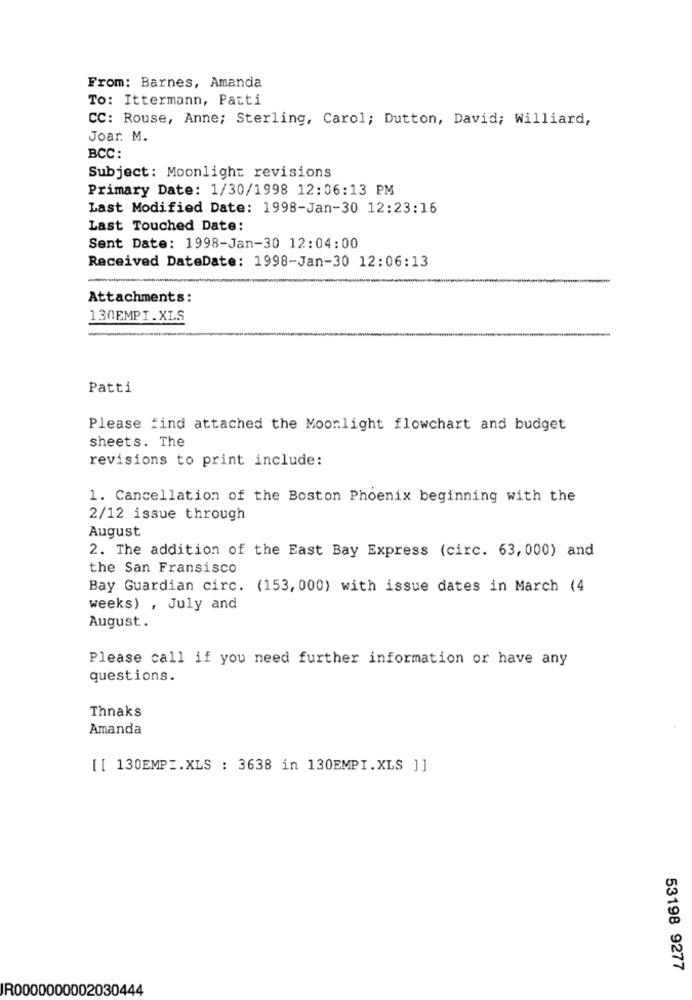
From: Barnes, Amanda
To: Ittermann, Patti
CC: Rouse, Anne; Sterling, Carol; Dutton, David; Williard,
Joar. M.
BCC:
Subject: Moonlight revisions
Primary Date: 1/30/1998 12:06:13 PM
Last Modified Date: 1998-Jan-30 12:23:16
Last Touched Date:
Sent Date: 1998-Jan-30 12:04:00
Received DateDate: 1998-Jan-30 12:06:13
Attachments:
130EMPI.XLS
Patti
Please find attached the Moonlight flowchart and budget
sheets. The
revisions to print include:
1. Cancellation of the Boston Phoenix beginning with the
2/12 issue through
August
2. The addition of the East Bay Express (circ. 63, 000) and
the San Fransisco
Bay Guardian circ. (153, 000) with issue dates in March (4
weeks) , July and
August .
Please call if you need further information or have any
questions.
Thnaks
Amanda
[[ 130EMPE.XLS : 3638 in 130EMPI.XLS ] ]
53198 9277
IR0000000002030444